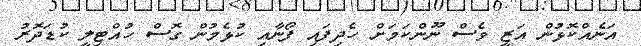
އަނެއްކޮޅުން އަޒީ ވެސް ނޫންކަމަށް ހެދިފައި ފޯނާއި ކުޅެމުން ގޮސް ހުއްޓިލީ ކުޑަދޮރު